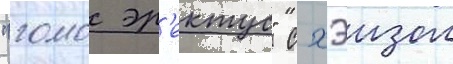
"гомо эр'ектус" с хэизом